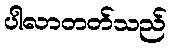
ပါလာတတ်သည်